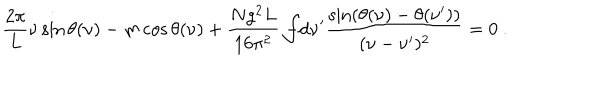
LaTeX: \frac { 2 \pi } { L } \nu \sin \theta ( \nu ) - m \cos \theta ( \nu ) + \frac { N g ^ { 2 } L } { 1 6 \pi ^ { 2 } } \int \! \! \! \! \! \! - \mathrm { d } \nu ^ { \prime } \frac { \sin ( \theta ( \nu ) - \theta ( \nu ^ { \prime } ) ) } { ( \nu - \nu ^ { \prime } ) ^ { 2 } } = 0 \ .